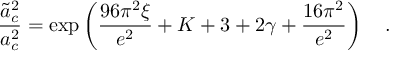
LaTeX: { \frac { \tilde { a } _ { c } ^ { 2 } } { a _ { c } ^ { 2 } } } = \exp \left( { \frac { 9 6 \pi ^ { 2 } \xi } { e ^ { 2 } } } + K + 3 + 2 \gamma + { \frac { 1 6 \pi ^ { 2 } } { e ^ { 2 } } } \right) ~ ~ ~ .